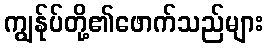
ကျွန်ုပ်တို့၏ဖောက်သည်များ